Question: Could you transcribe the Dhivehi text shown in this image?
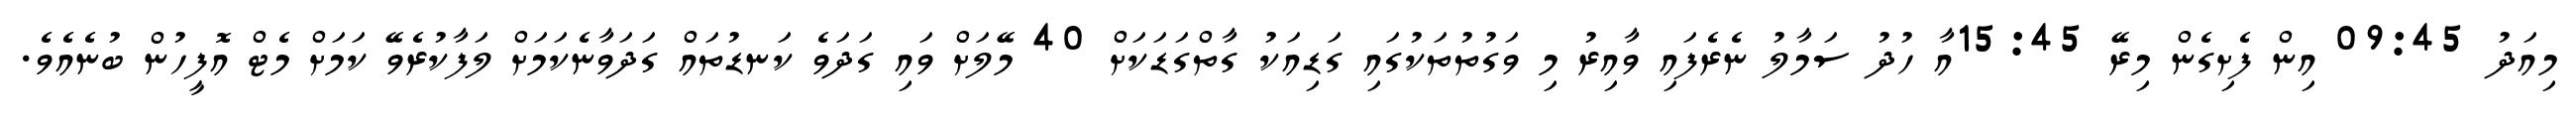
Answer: މިއަދު 09:45 އިން ފެށިގެން މިރޭ 15:45އާ ހުދު ސަމާލު ނެރެފައި ވާއިރު މި ވަގުތުތަކުގައި ގަޑިއަކު ގާތްގަޑަކަށް 40 މޭލަށް ވައި ގަދަވެ ކަނޑުތައް ގަދަވާނެކަމަށް ލަފާކުރެވޭ ކަމަށް މެޓް އޮފީހުން ބުނެއެވެ.